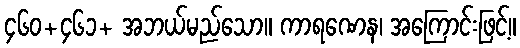
၄၆၀+၄၆၁+ အဘယ်မည်သော။ ကာရဏေန၊ အကြောင်းဖြင့်။